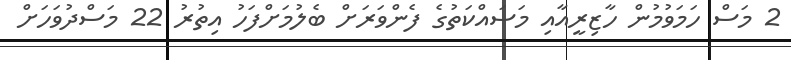
2 މަސް ހަމަވުމުން ހާޒިރީއާއި މަސައްކަތުގެ ފެންވަރަށް ބެލުމަށްފަހު އިތުރު 22 މަސްދުވަހަށް